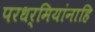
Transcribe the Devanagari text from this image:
परधर्मियांनाहि